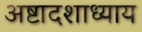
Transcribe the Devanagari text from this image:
अष्टादशाध्याय